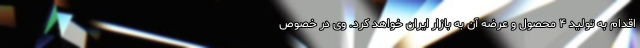
اقدام به تولید ۴ محصول و عرضه آن به بازار ایران خواهد کرد. وی در خصوص